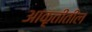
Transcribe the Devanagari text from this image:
आकृतीतील